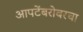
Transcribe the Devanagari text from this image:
आपटेंबरोबरचा